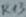
Text: R13